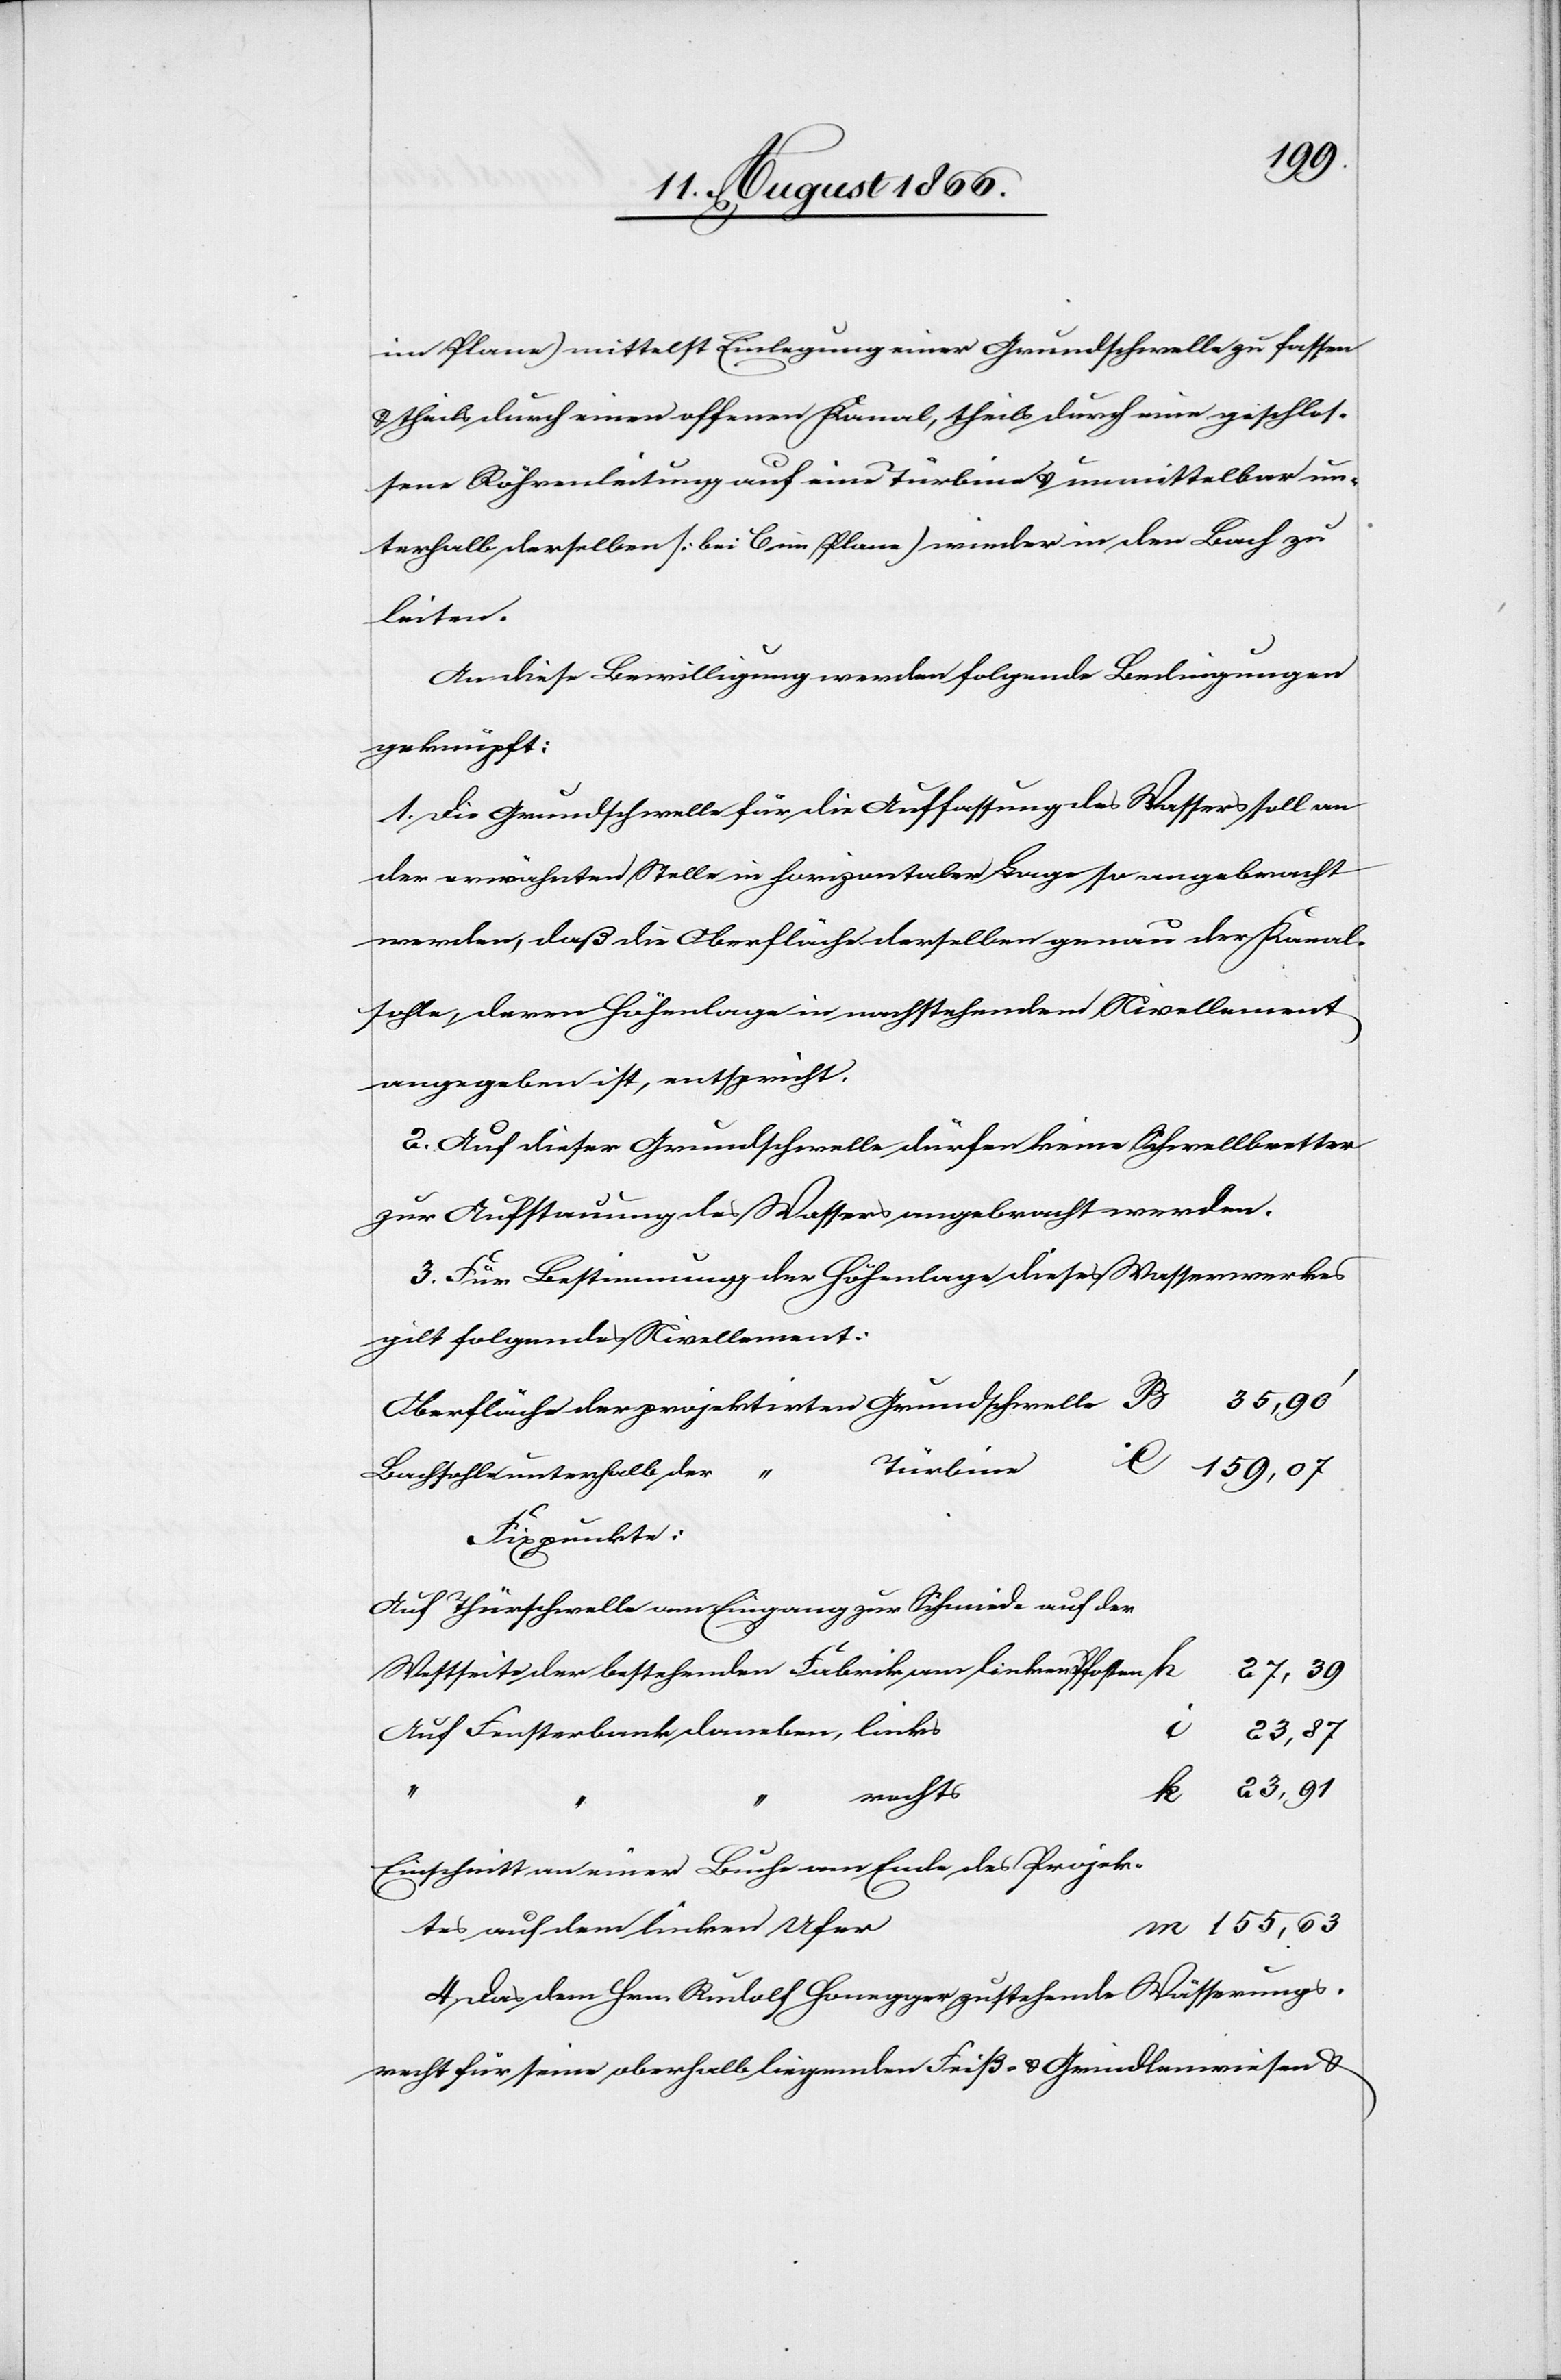
159,07
im Plane] mittelst Einlegung einer Grundschwelle zu fassen
u. theils durch einen offenen Kanal, theils durch eine geschlos¬
sene Röhrenleitung auf eine Türbine u. unmittelbar un¬
terhalb derselben [bei C im Plane] wieder in den Bach zu
leiten.
An diese Bewilligung werden folgende Bedingungen
geknüpft:
1. Die Grundschwelle für die Auffassung des Wassers soll an
der erwähnten Stelle in horizontaler Lage so angebracht
werden, daß die Oberfläche derselben genau der Kanal¬
sohle, deren Höhe in nachstehendem Nivellement
angegeben ist, entspricht.
2. Auf dieser Grundschwelle dürfen keine Schwellbretter
zur Aufstauung des Wassers angebracht werden.
3. Für Bestimmung der Höhenlage dieses Wasserwerkes
gilt folgendes Nivellement:
Oberfläche der projektirten Grundschwelle
Bachsohle unterhalb der
Fixpunkte:
Auf Thürschwelle am Eingang zur Schmiede auf der
Westseite der bestehenden Fabrik am linken Pfosten
Auf Fensterbank daneben, links
23,87
rechts
Einschnitt an einer Buche am Ende des Projektes
155,63
auf dem linken Ufer
4. Das dem Hrn. Rudolf Honegger zustehende Wässerungs¬
recht für seine oberhalb liegenden Friß- u. Grindlenwiesen u.